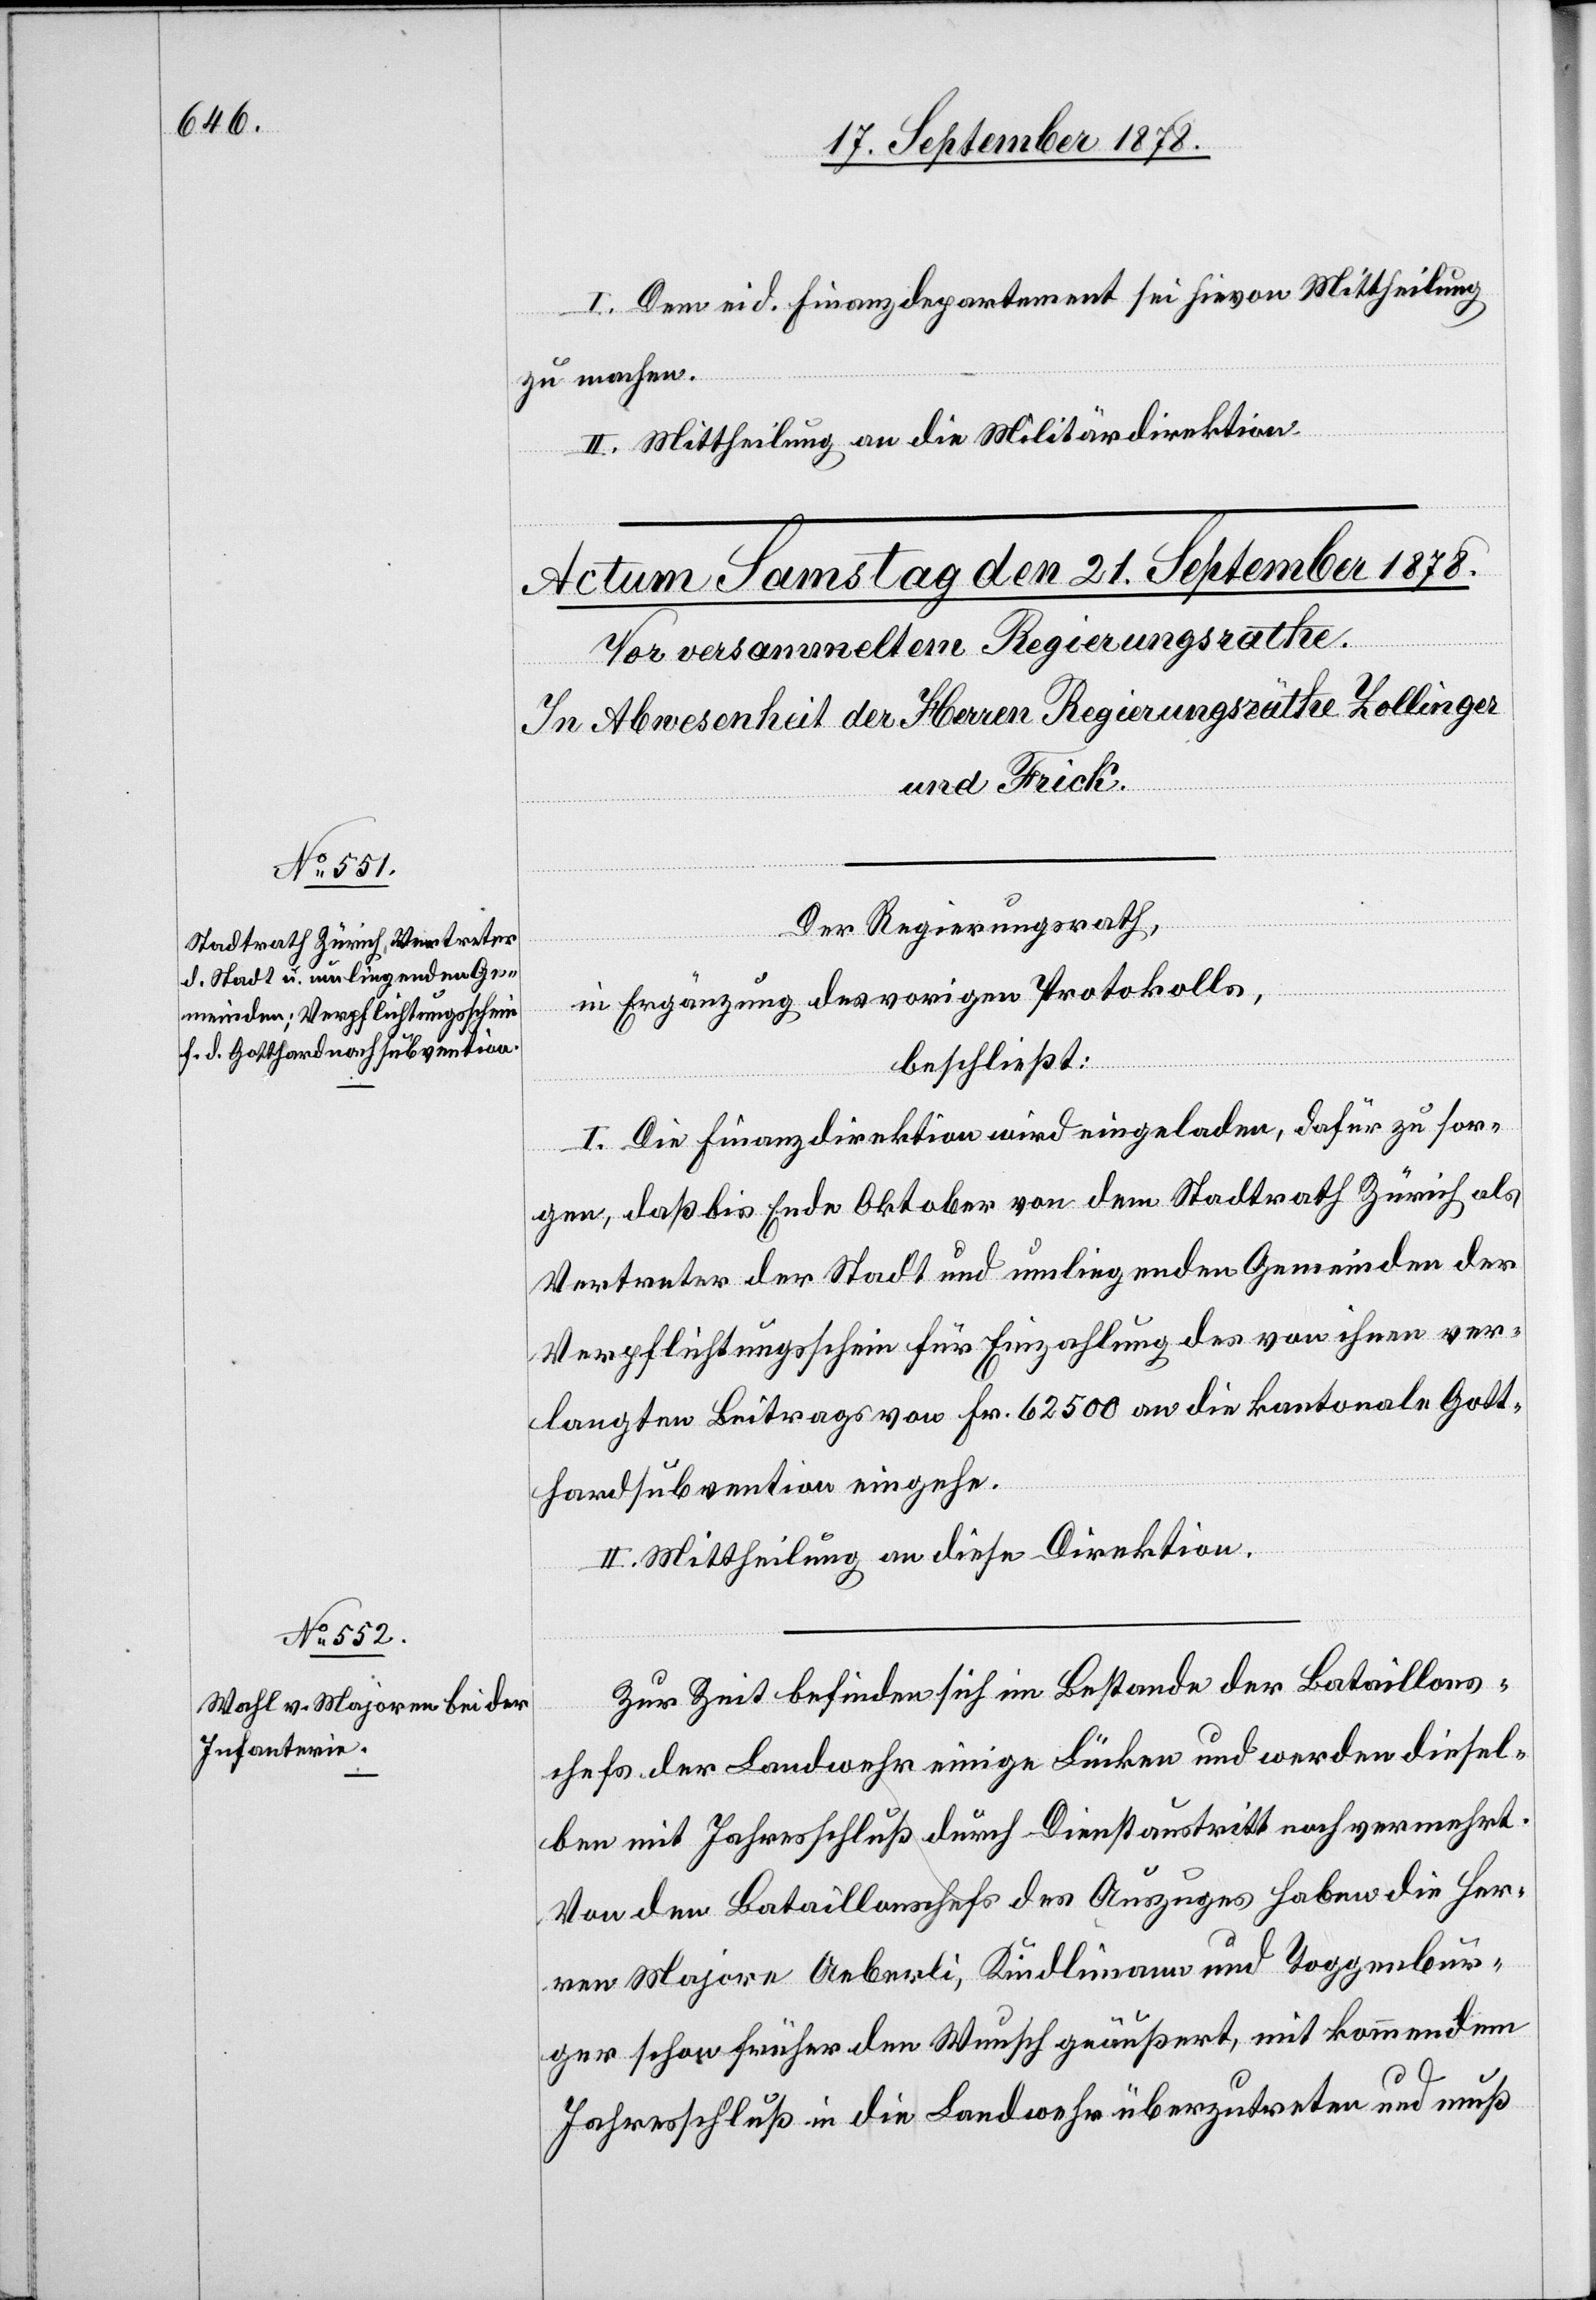
I. Dem eid. Finanzdepartement sei hievon Mittheilung
zu machen.
II. Mittheilung an die Militärdirektion.
Der Regierungsrath,
in Ergänzung des vorigen Protokolls,
beschließt:
I. Die Finanzdirektion wird eingeladen, dafür zu sor¬
gen, daß bis Ende Oktober von dem Stadtrath Zürich als
Vertreter der Stadt und umliegenden Gemeinden der
Verpflichtungsschein für Einzahlung des von ihnen ver¬
langten Beitrags von Fr. 62,500 an die kantonale Gott¬
hardsubvention eingehe.
II. Mittheilung an diese Direktion.
Zur Zeit befinden sich im Bestande der Bataillons¬
chefs der Landwehr einige Lücken und werden diesel¬
ben mit Jahresschluß durch Dienstaustritt noch vermehrt.
Von den Bataillonschefs des Auszuges haben die Her¬
ren Majore Aeberli, Kindlimann und Toggenbur¬
ger schon früher den Wunsch geäußert, mit kommendem
Jahresschluß in die Landwehr überzutreten und muß